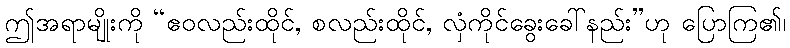
ဤအရာမျိုးကို “ဧဝလည်းထိုင်, စလည်းထိုင်, လှံကိုင်ခွေးခေါ်နည်း”ဟု ပြောကြ၏၊